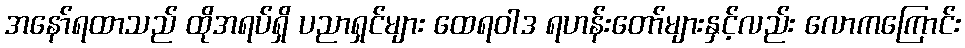
အနော်ရထာသည် ထိုအရပ်ရှိ ပညာရှင်များ ထေရဝါဒ ရဟန်းတော်များနှင့်လည်း လောကကြောင်း